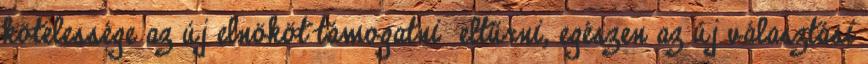
kötelessége az új elnököt támogatni eltűrni, egészen az új választási